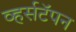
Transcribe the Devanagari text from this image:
व्हर्सटॅपन